Vaccination Hyderabad 1890-1903 - 1890-1903
Year: 1890
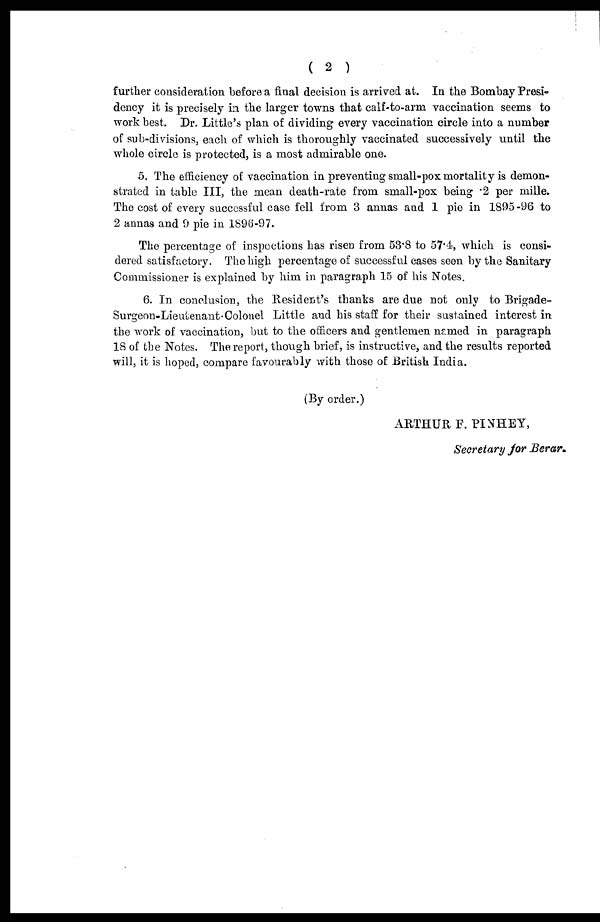
( 2 )
further consideration before a final decision is arrived at. In the Bombay Presi-
dency it is precisely in the larger towns that calf-to-arm vaccination seems to
work best. Dr. Little's plan of dividing every vaccination circle into a number
of sub-divisions, each of which is thoroughly vaccinated successively until the
whole circle is protected, is a most admirable one.
5. The efficiency of vaccination in preventing small-pox mortality is demon-
strated in table III, the mean death-rate from small-pox being .2 per mille.
The cost of every successful case fell from 3 annas and 1 pie in 1895-96 to
2 annas and 9 pie in 1896-97.
The percentage of inspections has risen from 53.8 to 57.4, which is consi-
dered satisfactory. The high percentage of successful cases seen by the Sanitary
Commissioner is explained by him in paragraph 15 of his Notes.
6. In conclusion, the Resident's thanks are due not only to Brigade-
Surgeon-Lieutenant-Colonel Little and his staff for their sustained interest in
the work of vaccination, but to the officers and gentlemen named in paragraph
18 of the Notes. The report, though brief, is instructive, and the results reported
will, it is hoped, compare favourably with those of British India.
(By order.)
ARTHUR F. PINHEY,
Secretary for Berar.